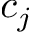
c _ { j }